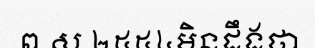
ព.ស ២៥៥៤មិនដឹងថា